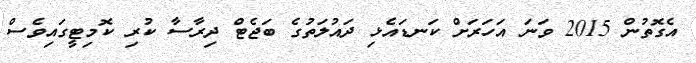
އެގޮތުން 2015 ވަނަ އަހަރަށް ކަނޑައެޅި ދައުލަތުގެ ބަޖެޓް ދިރާސާ ކުރި ކޮމިޓީގައިވެސް